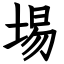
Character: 埸